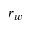
r _ { w }